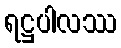
ရဋ္ဌပါလဿ